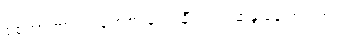
စစ်အာဏာရှင်ပြုတ်ကျရေး ချီတက် ဆန္ဒပြခဲ့ကြပါတယ်။